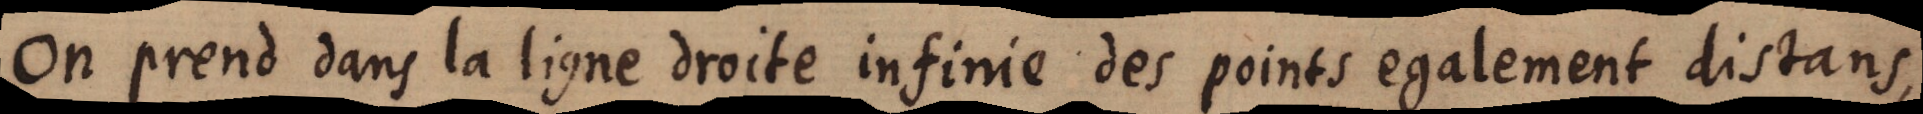
On prend dans la ligne droite infinie des points egalement distans,